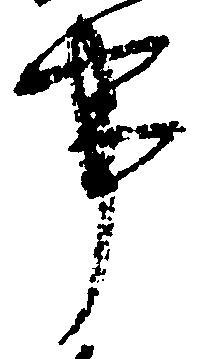
事